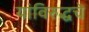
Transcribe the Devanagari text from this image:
यांविरुद्धचे